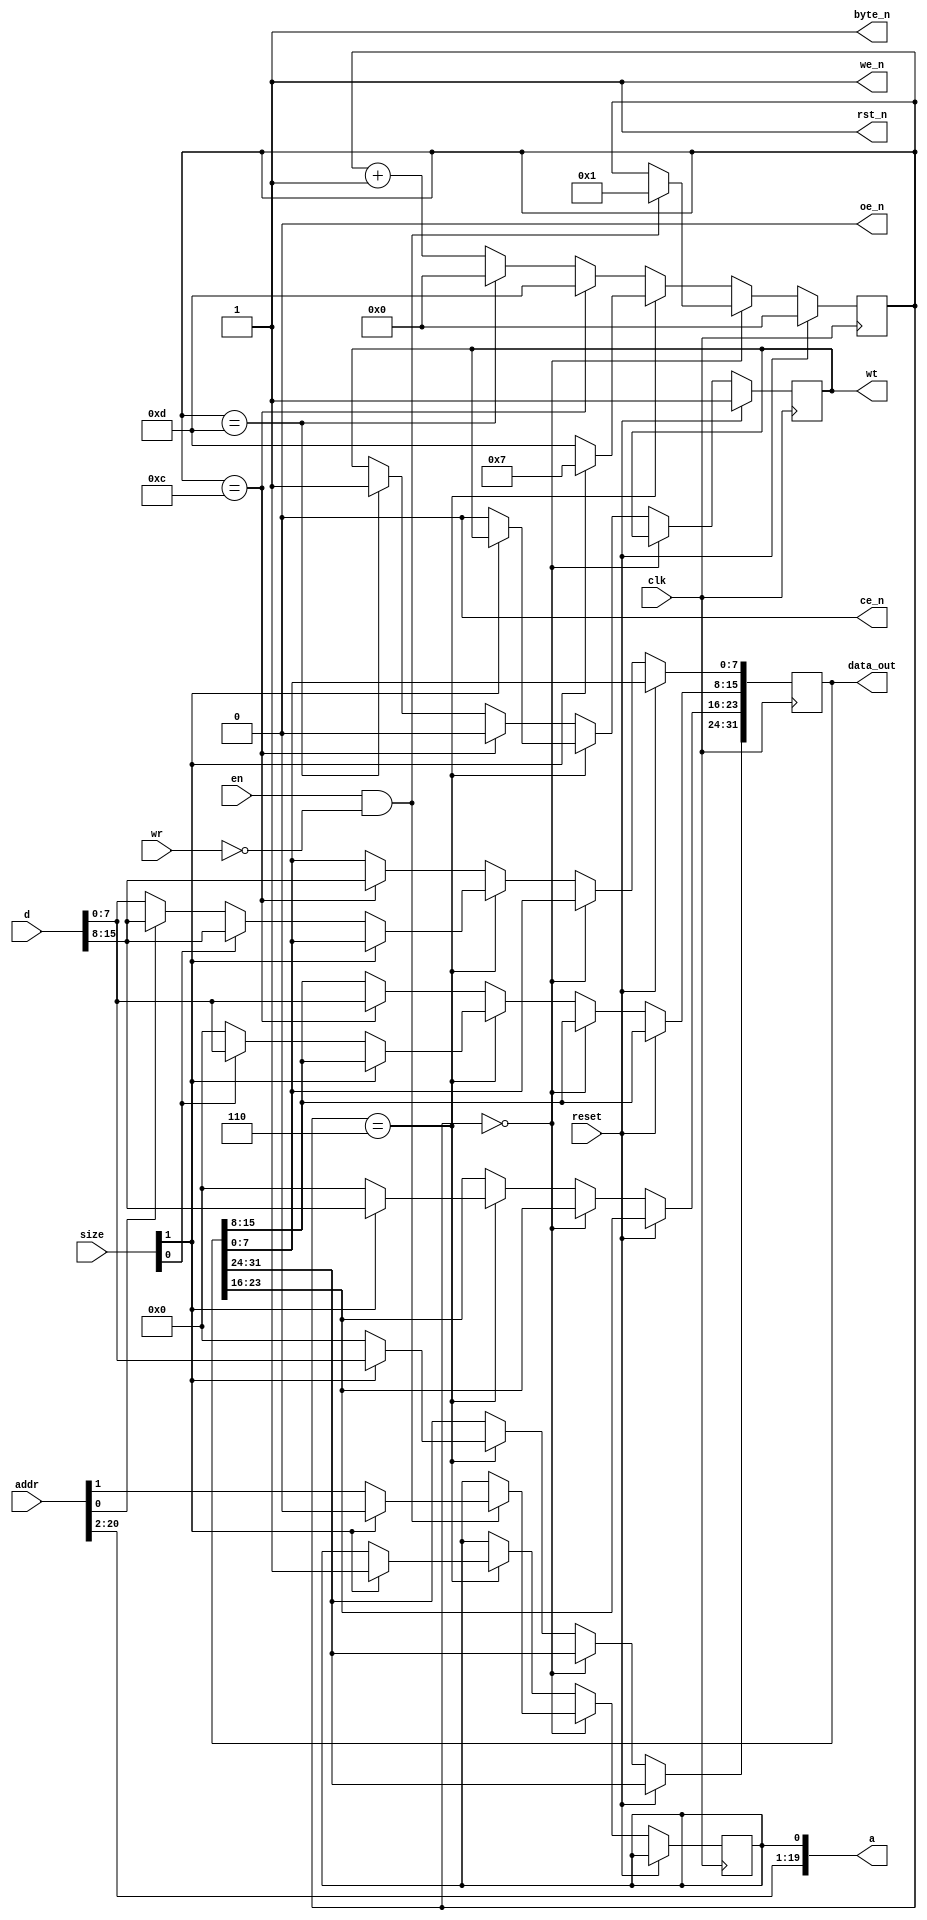
module rom(clk, reset,
           en, wr, size, addr,
           data_out, wt,
           ce_n, oe_n, we_n, rst_n, byte_n, a, d);
    // internal interface signals
    input clk;
    input reset;
    input en;
    input wr;
    input [1:0] size;
    input [20:0] addr;
    output reg [31:0] data_out;
    output reg wt;
    // flash ROM interface signals
    output ce_n;
    output oe_n;
    output we_n;
    output rst_n;
    output byte_n;
    output [19:0] a;
    input [15:0] d;

  reg [3:0] state;
  reg a0;

  // the following control signals are all
  // either constantly asserted or deasserted
  assign ce_n = 0;
  assign oe_n = 0;
  assign we_n = 1;
  assign rst_n = 1;
  assign byte_n = 1;

  // the flash ROM is organized in 16-bit halfwords
  // address line a0 is controlled by the state machine
  // (this is necessary for word accesses)
  assign a[19:1] = addr[20:2];
  assign a[0] = a0;

  // the state machine
  always @(posedge clk) begin
    if (reset == 1) begin
      state <= 0;
      wt <= 1;
    end else begin
      if (state == 0) begin
        // wait for start of access
        if (en == 1 && wr == 0) begin
          state <= 1;
          if (size[1] == 1) begin
            // word access
            a0 <= 0;
          end else begin
            // halfword or byte access
            a0 <= addr[1];
          end
        end
      end else
      if (state == 6) begin
        if (size[1] == 1) begin
          // word access
          // latch upper halfword
          data_out[31:24] <= d[7:0];
          data_out[23:16] <= d[15:8];
          state <= 7;
          a0 <= 1;
        end else begin
          // halfword or byte access
          data_out[31:16] <= 16'h0000;
          if (size[0] == 1) begin
            // halfword access
            data_out[15:8] <= d[7:0];
            data_out[7:0] <= d[15:8];
          end else begin
            // byte access
            data_out[15:8] <= 8'h00;
            if (addr[0] == 0) begin
              // even address
              data_out[7:0] <= d[7:0];
            end else begin
              // odd address
              data_out[7:0] <= d[15:8];
            end
          end
          state <= 13;
          wt <= 0;
        end
      end else
      if (state == 12) begin
        // word access (state is only reached in this case)
        // latch lower halfword
        data_out[15:8] <= d[7:0];
        data_out[7:0] <= d[15:8];
        state <= 13;
        wt <= 0;
      end else
      if (state == 13) begin
        // end of access
        wt <= 1;
        state <= 0;
      end else begin
        // wait for flash ROM access time to pass
        state <= state + 1;
      end
    end
  end

endmodule